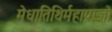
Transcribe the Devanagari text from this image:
मेधातिथिर्महाप्राज्ञो